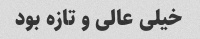
خیلی عالی و تازه بود